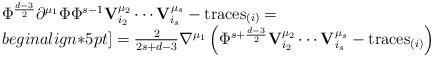
LaTeX: \begin{align*}\begin{array}{l}\Phi^{d-3\over 2}\partial^{\mu_1}\Phi \Phi^{s-1} {\bf V}^{\mu_2}_{i_2}\cdots{\bf V}^{\mu_s}_{i_s}-\mbox{traces}_{(i)}=\\begin{align*}5pt]={2\over 2s+d-3}\nabla^{\mu_1}\left( \Phi^{s+{d-3\over 2}}{\bf V}^{\mu_2}_{i_2}\cdots{\bf V}^{\mu_s}_{i_s}-\mbox{traces}_{(i)}\right)\end{array}\end{align*}